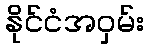
နိုင်ငံအဝှမ်း